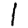
Digit: 1